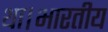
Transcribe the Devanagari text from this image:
था।भारतीय